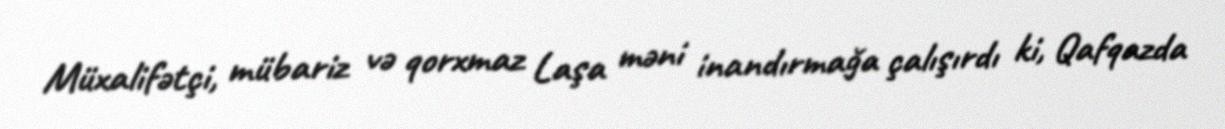
Müxalifətçi, mübariz və qorxmaz Laşa məni inandırmağa çalışırdı ki, Qafqazda